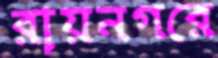
রায়নগরে